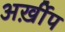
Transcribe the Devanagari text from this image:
अर्ख़ीप